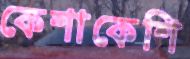
কেশাকেশি